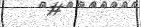
-